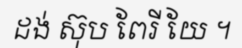
ដង់ ស៊ុប ពែរី យែ ។